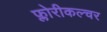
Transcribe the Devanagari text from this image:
फ्लोरीकल्चर